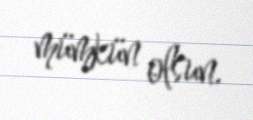
mümkün olsun.